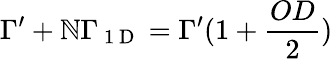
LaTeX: \Gamma^{\prime}+\mathbb{N}\Gamma_{\mathrm{{~1~D~}}}=\Gamma^{\prime}(1+\frac{{OD}}{{2}})